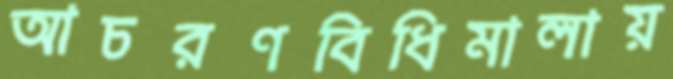
আচরণবিধিমালায়